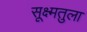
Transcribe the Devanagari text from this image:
सूक्ष्मतुला